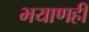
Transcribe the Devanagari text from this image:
भयाणही